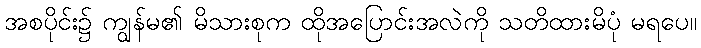
အစပိုင်း၌ ကျွန်မ၏ မိသားစုက ထိုအပြောင်းအလဲကို သတိထားမိပုံ မရပေ။